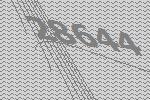
28644